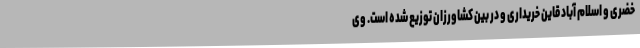
خضری و اسلام آباد قاین خریداری و در بین کشاورزان توزیع شده است. وی